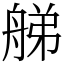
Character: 䑯